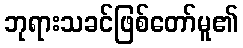
ဘုရားသခင်ဖြစ်တော်မူ၏